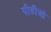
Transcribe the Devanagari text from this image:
पीडीओ